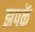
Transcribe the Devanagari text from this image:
झपकें